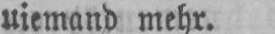
niemand mehr.